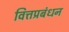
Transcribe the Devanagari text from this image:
वित्तप्रबंधन